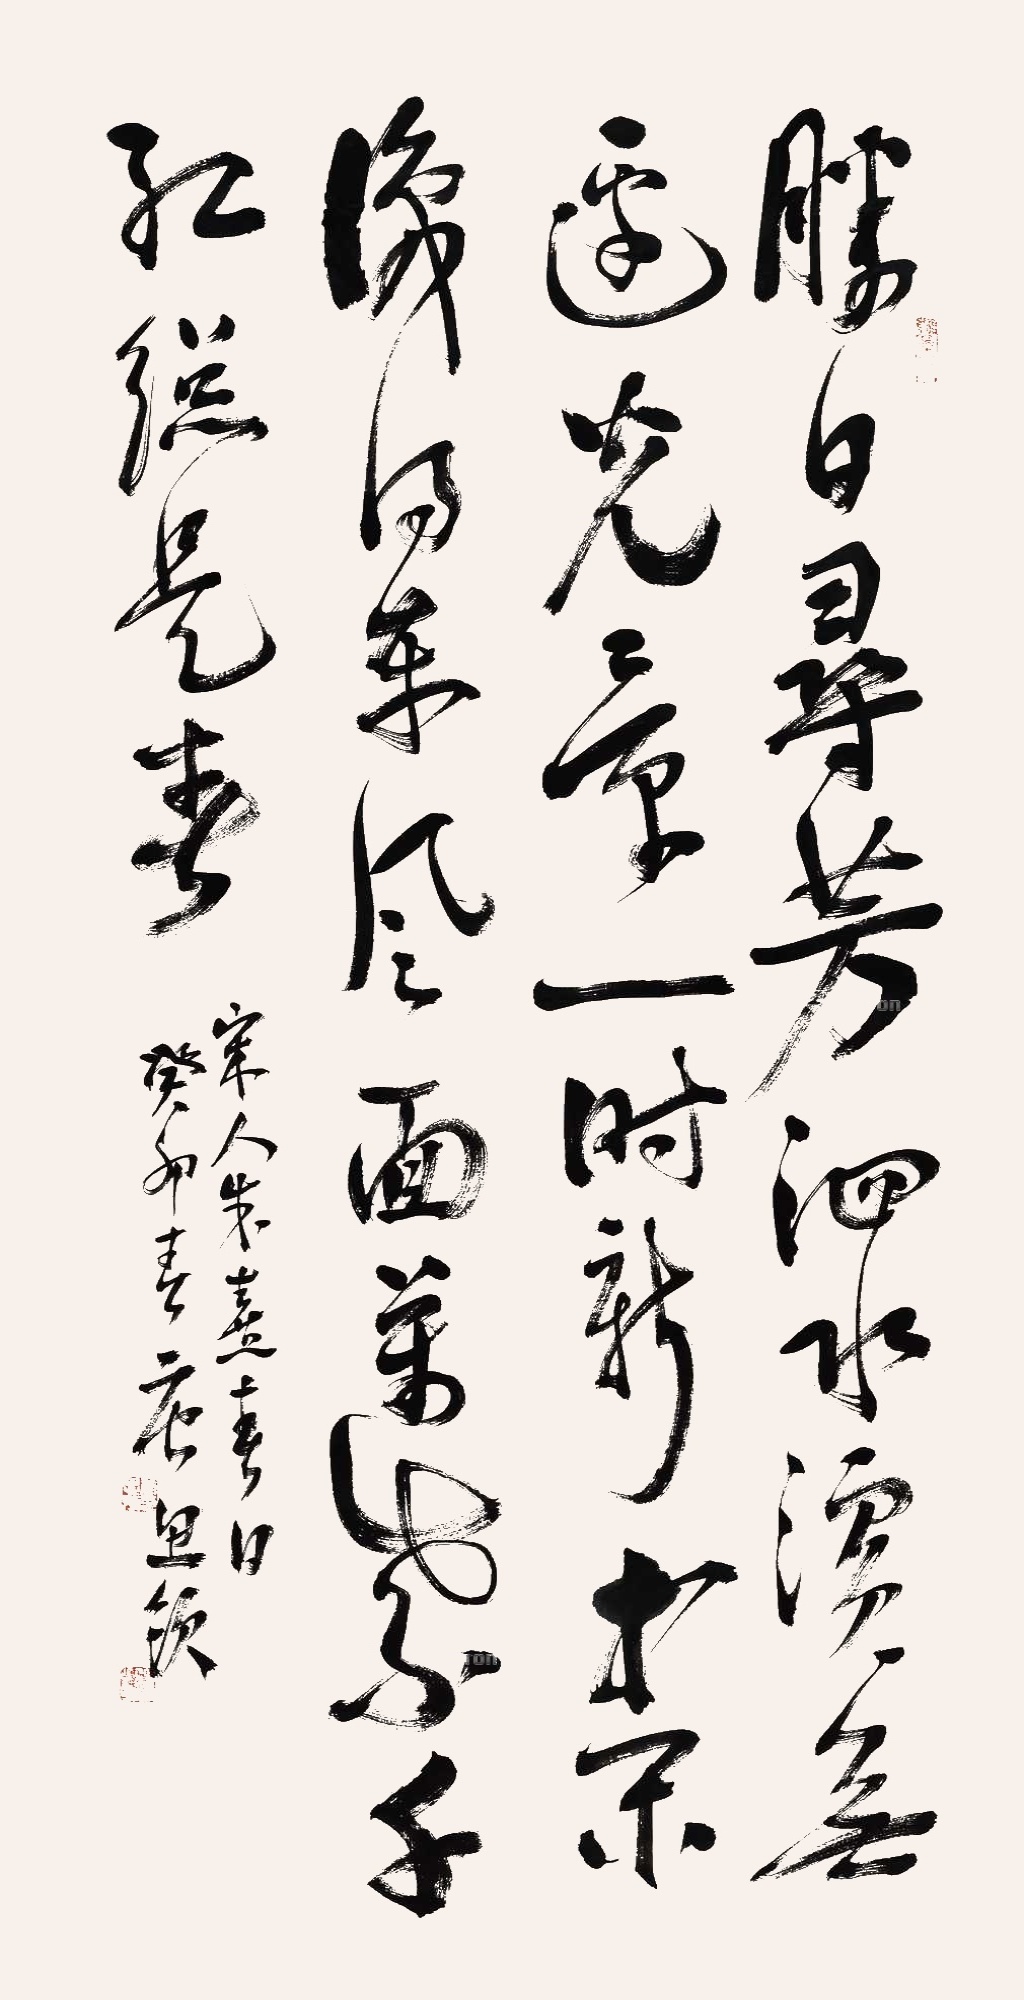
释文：胜日寻芳泗水滨，无边光景一时新。等闲识得东风面，万紫千红总是春。宋人朱熹《春日》，癸卯春，唐思领。